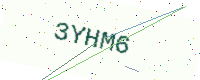
Text: 3YHM6